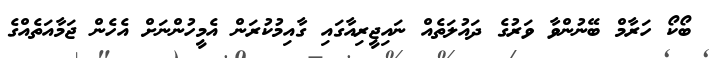
ބޯކޯ ހަރާމް ބޭނުންވާ ވަރުގެ ދައުލަތެއް ނައިޖީރިއާގައި ގާއިމުކުރަން އެމީހުންނަށް އެހެން ޖަމާއަތެއްގެ